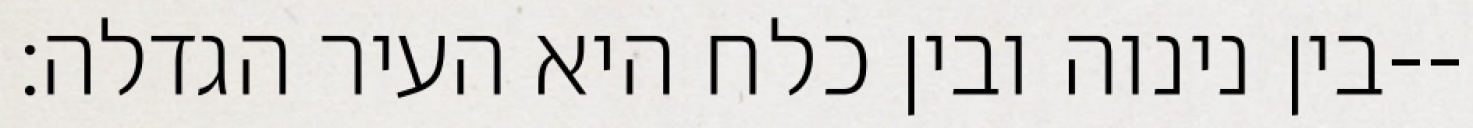
בין נינוה ובין כלח היא העיר הגדלה׃--